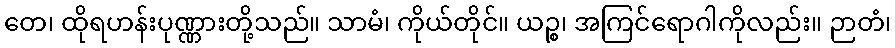
တေ၊ ထိုရဟန်းပုဏ္ဏားတို့သည်။ သာမံ၊ ကိုယ်တိုင်။ ယဉ္စ၊ အကြင်ရောဂါကိုလည်း။ ဉာတံ၊